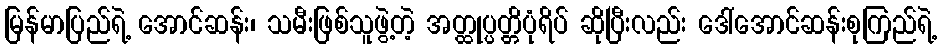
မြန်မာပြည်ရဲ့ အောင်ဆန်း၊ သမီးဖြစ်သူဖွဲ့တဲ့ အတ္ထုပ္ပတ္တိပုံရိပ် ဆိုပြီးလည်း ဒေါ်အောင်ဆန်းစုကြည်ရဲ့